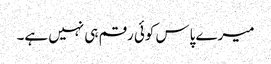
میرے پاس کوئی رقم ہی نہیں ہے۔